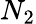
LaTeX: N_{2}